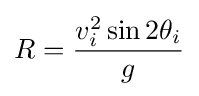
R={v_{i}^{2}\sin 2\theta _{i} \over g}